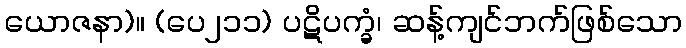
ယောဇနာ)။ (ပေ၂၁၁) ပဋိပက္ခံ၊ ဆန့်ကျင်ဘက်ဖြစ်သော